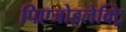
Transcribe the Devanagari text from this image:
पिएजोइलेक्ट्रि